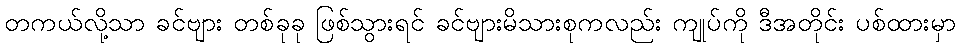
တကယ်လို့သာ ခင်ဗျား တစ်ခုခု ဖြစ်သွားရင် ခင်ဗျားမိသားစုကလည်း ကျုပ်ကို ဒီအတိုင်း ပစ်ထားမှာ